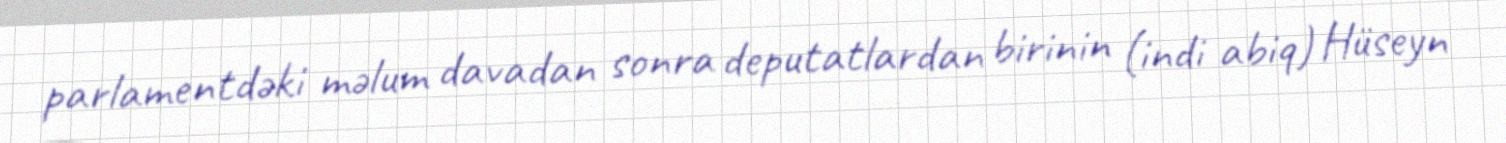
parlamentdəki məlum davadan sonra deputatlardan birinin (indi abiq) Hüseyn